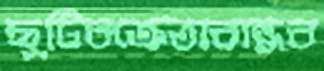
ছুটিবক্রেতাবান্ধব